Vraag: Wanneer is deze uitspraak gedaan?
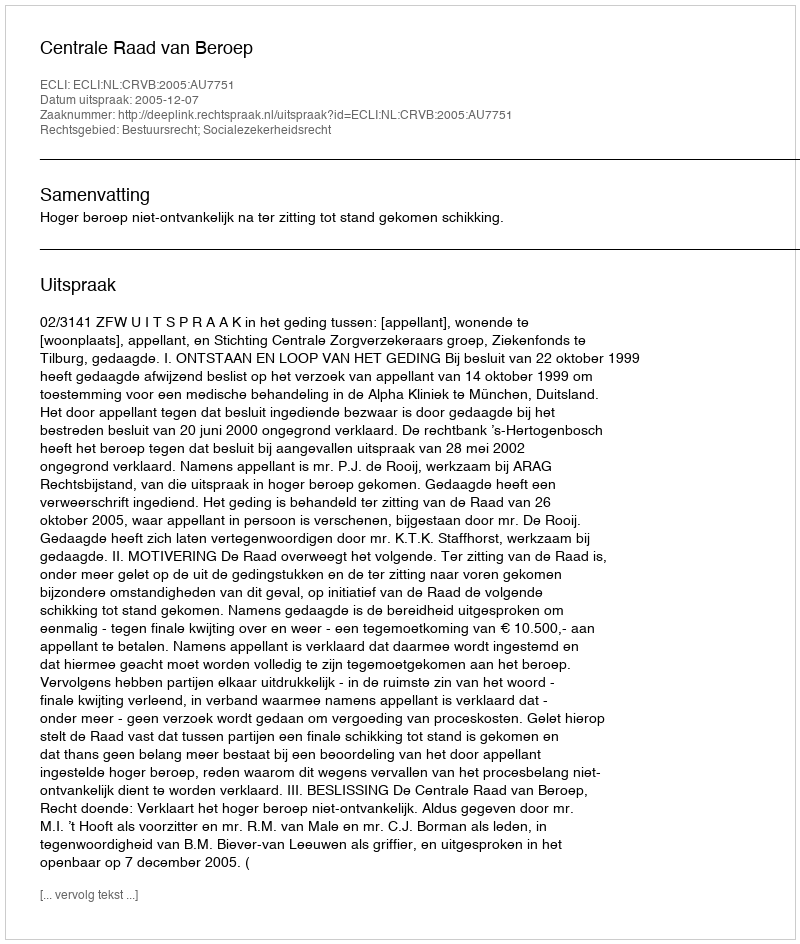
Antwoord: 2005-12-07